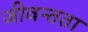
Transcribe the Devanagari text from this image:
जीवन्‍तता